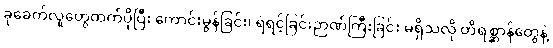
ခုခေတ်လူတွေထက်ပိုပြီး ကောင်းမွန်ခြင်း၊ ရဲရင့်ခြင်းဉာဏ်ကြီးခြင်း မရှိသလို တိရစ္ဆာန်တွေနဲ့